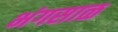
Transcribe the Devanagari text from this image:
भंगसाळ